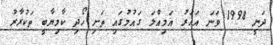
ދަނީ 1998 ވަނަ އަހަރު އަމިއްލަ ގައުމުގައި ތަށި ހޯދި ކާމިޔާބީ ތަކުރާރު